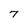
Character: 7